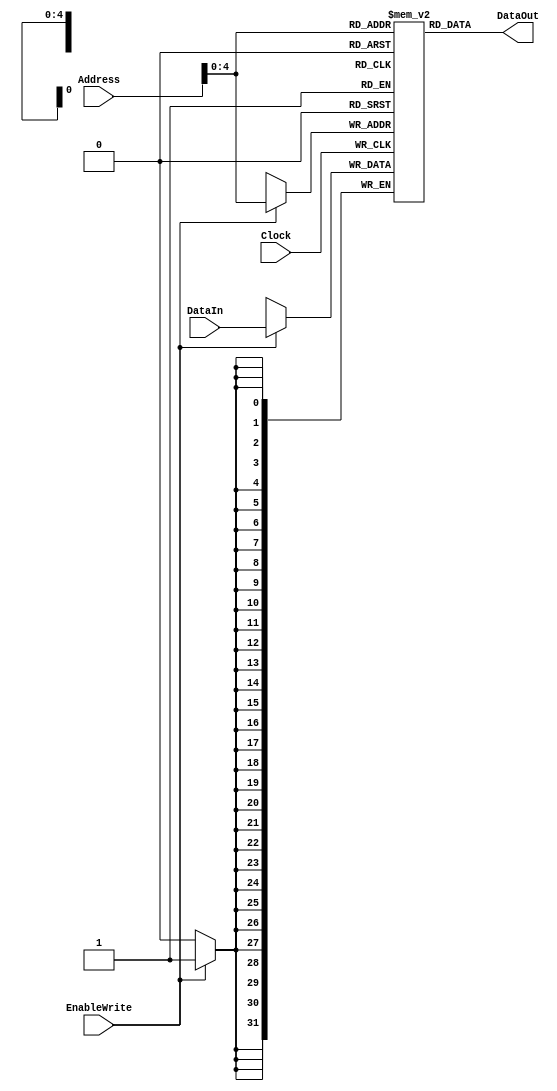
`timescale 1ns / 1ps

/// @brief 
/// DBDB
module DataMemory(
    input [31: 0] Address,
    input [31: 0] DataIn,
    input Clock,
    input EnableWrite,
    output [31: 0] DataOut);

    reg [31:0] ram[0:31];

    integer i;
    initial begin
        for (i = 32'h00; i < 32'h20; i = i + 1) begin 
            ram[i] <= i * 4;
        end
    end

    always @ (posedge Clock) begin
        if (EnableWrite) ram[Address[4:0]] <= DataIn;
    end
    assign DataOut = ram[Address[4:0]];
endmodule